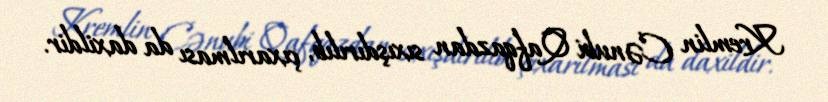
Kremlin Cənubi Qafqazdan sıxışdırılıb, çıxarılması da daxildir.